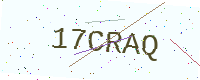
Text: 17CRAQ